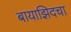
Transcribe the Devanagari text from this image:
बायाझिदचा